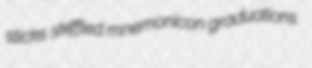
sticks skiffled mnemonicon graduations